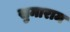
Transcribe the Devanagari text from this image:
सुमाराम